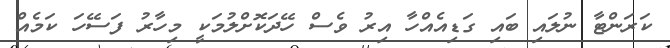
ކަރަންޓާ ނުލައި ބައި ގަޑިއެއްހާ އިރު ވެސް ހޭދަކޮށްލުމަކީ މިހާރު ފަސޭހަ ކަމެއް